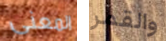
المعنى والقمر